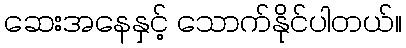
ဆေးအနေနှင့် သောက်နိုင်ပါတယ်။